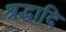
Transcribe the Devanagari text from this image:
श्रद्धादि